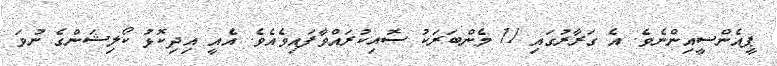
ޕީއެންސީއިންނެވެ. އެ ގަރާރުގައި 11 މެންބަރަކު ސޮއިކުރައްވާފައިވެއެވެ. އެއީ އިދިކޮޅު ކޯލިޝަންގެ ނުވަ